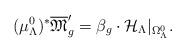
LaTeX: \begin{align*}({\mu}_{\Lambda}^{0})^{*}\overline{\frak M}'_{g}=\beta_{g}\cdot{\mathcal H}_{\Lambda}|_{\Omega_{\Lambda}^{0}}.\end{align*}